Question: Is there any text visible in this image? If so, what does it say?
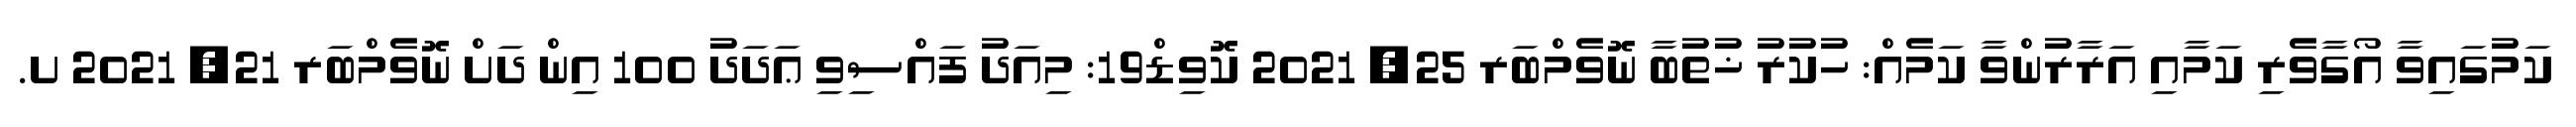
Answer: ކަމުގައިވާ އޯގާވެރި ކަމާއި އަރާރުންވާ ކަމެއް: ހުކުރު ޚުތުބާ ނޮވެމްބަރ 25, 2021 ކޮވިޑް19: މިއަދު ފައްސިވި ޢަދަދު 100 އިން ދަށް ނޮވެމްބަރ 21, 2021 ށ.